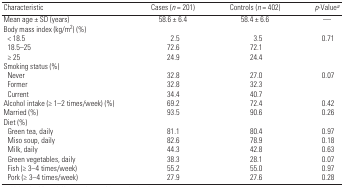
<table><thead><tr><td><b>Characteristic</b></td><td><b>Cases (<i>n</i> = 201)</b></td><td><b>Controls (<i>n</i> = 402)</b></td><td><b><i>p</i>-Valuea</b></td></tr></thead><tbody><tr><td>Mean age ± SD (years)</td><td>58.6 ± 6.4</td><td>58.4 ± 6.6</td><td>—</td></tr><tr><td colspan="4">Body mass index (kg/m<sup>2</sup>) (%)</td></tr><tr><td> &lt; 18.5</td><td>2.5</td><td>3.5</td><td>0.71</td></tr><tr><td> 18.5–25</td><td>72.6</td><td>72.1</td><td></td></tr><tr><td> ≥ 25</td><td>24.9</td><td>24.4</td><td></td></tr><tr><td colspan="4">Smoking status (%)</td></tr><tr><td> Never</td><td>32.8</td><td>27.0</td><td>0.07</td></tr><tr><td> Former</td><td>32.8</td><td>32.3</td><td></td></tr><tr><td> Current</td><td>34.4</td><td>40.7</td><td></td></tr><tr><td>Alcohol intake (≥ 1–2 times/week) (%)</td><td>69.2</td><td>72.4</td><td>0.42</td></tr><tr><td>Married (%)</td><td>93.5</td><td>90.6</td><td>0.26</td></tr><tr><td colspan="4">Diet (%)</td></tr><tr><td> Green tea, daily</td><td>81.1</td><td>80.4</td><td>0.97</td></tr><tr><td> Miso soup, daily</td><td>82.6</td><td>78.9</td><td>0.18</td></tr><tr><td> Milk, daily</td><td>44.3</td><td>42.8</td><td>0.63</td></tr><tr><td> Green vegetables, daily</td><td>38.3</td><td>28.1</td><td>0.07</td></tr><tr><td> Fish (≥ 3–4 times/week)</td><td>55.2</td><td>55.0</td><td>0.97</td></tr><tr><td> Pork (≥ 3–4 times/week)</td><td>27.9</td><td>27.6</td><td>0.28</td></tr></tbody></table>